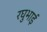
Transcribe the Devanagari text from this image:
रघुभाई